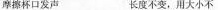
摩擦杯口发声 长度不变，用大小不